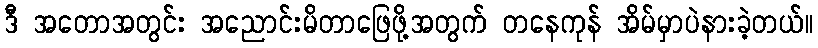
ဒီ အတောအတွင်း အညောင်းမိတာဖြေဖို့အတွက် တနေကုန် အိမ်မှာပဲနားခဲ့တယ်။